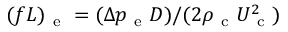
( f L ) _ { \mathrm { ~ e ~ } } = ( \Delta p _ { \mathrm { ~ e ~ } } D ) / ( 2 \rho _ { \mathrm { ~ c ~ } } U _ { \mathrm { ~ c ~ } } ^ { 2 } )